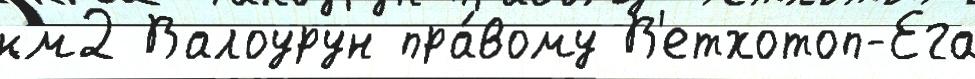
км2 Валоурун пра́вому В'етхотоп-Ега